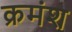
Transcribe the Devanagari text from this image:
क्रमंश